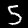
Digit: 5